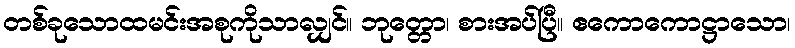
တစ်ခုသောထမင်းအစုကိုသာလျှင်။ ဘုတ္တော၊ စားအပ်ပြီ။ ဧကောကောဋ္ဌာသော၊